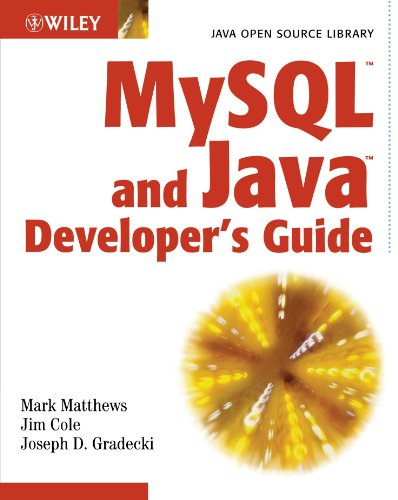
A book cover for MySQL and Java Developer's Guide; Mark Matthews; Computers & Technology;